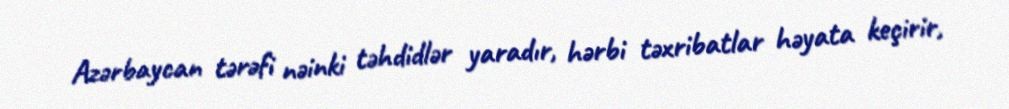
Azərbaycan tərəfi nəinki təhdidlər yaradır, hərbi təxribatlar həyata keçirir,